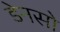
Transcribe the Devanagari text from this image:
डेनसो